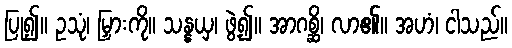
ပြု၍။ ဥသုံ၊ မြှားကို။ သန္နယှ၊ ဖွဲ့၍။ အာဂစ္ဆိ၊ လာ၏။ အဟံ၊ ငါသည်။